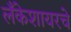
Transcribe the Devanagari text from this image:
लँकेशायरचे